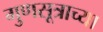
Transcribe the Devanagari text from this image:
गुणसूत्राच्या